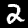
Label: 2